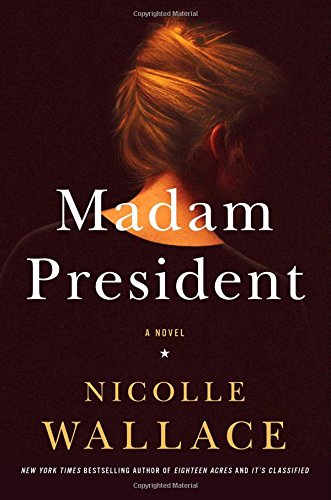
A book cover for Madam President: A Novel; Nicolle Wallace; Literature & Fiction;